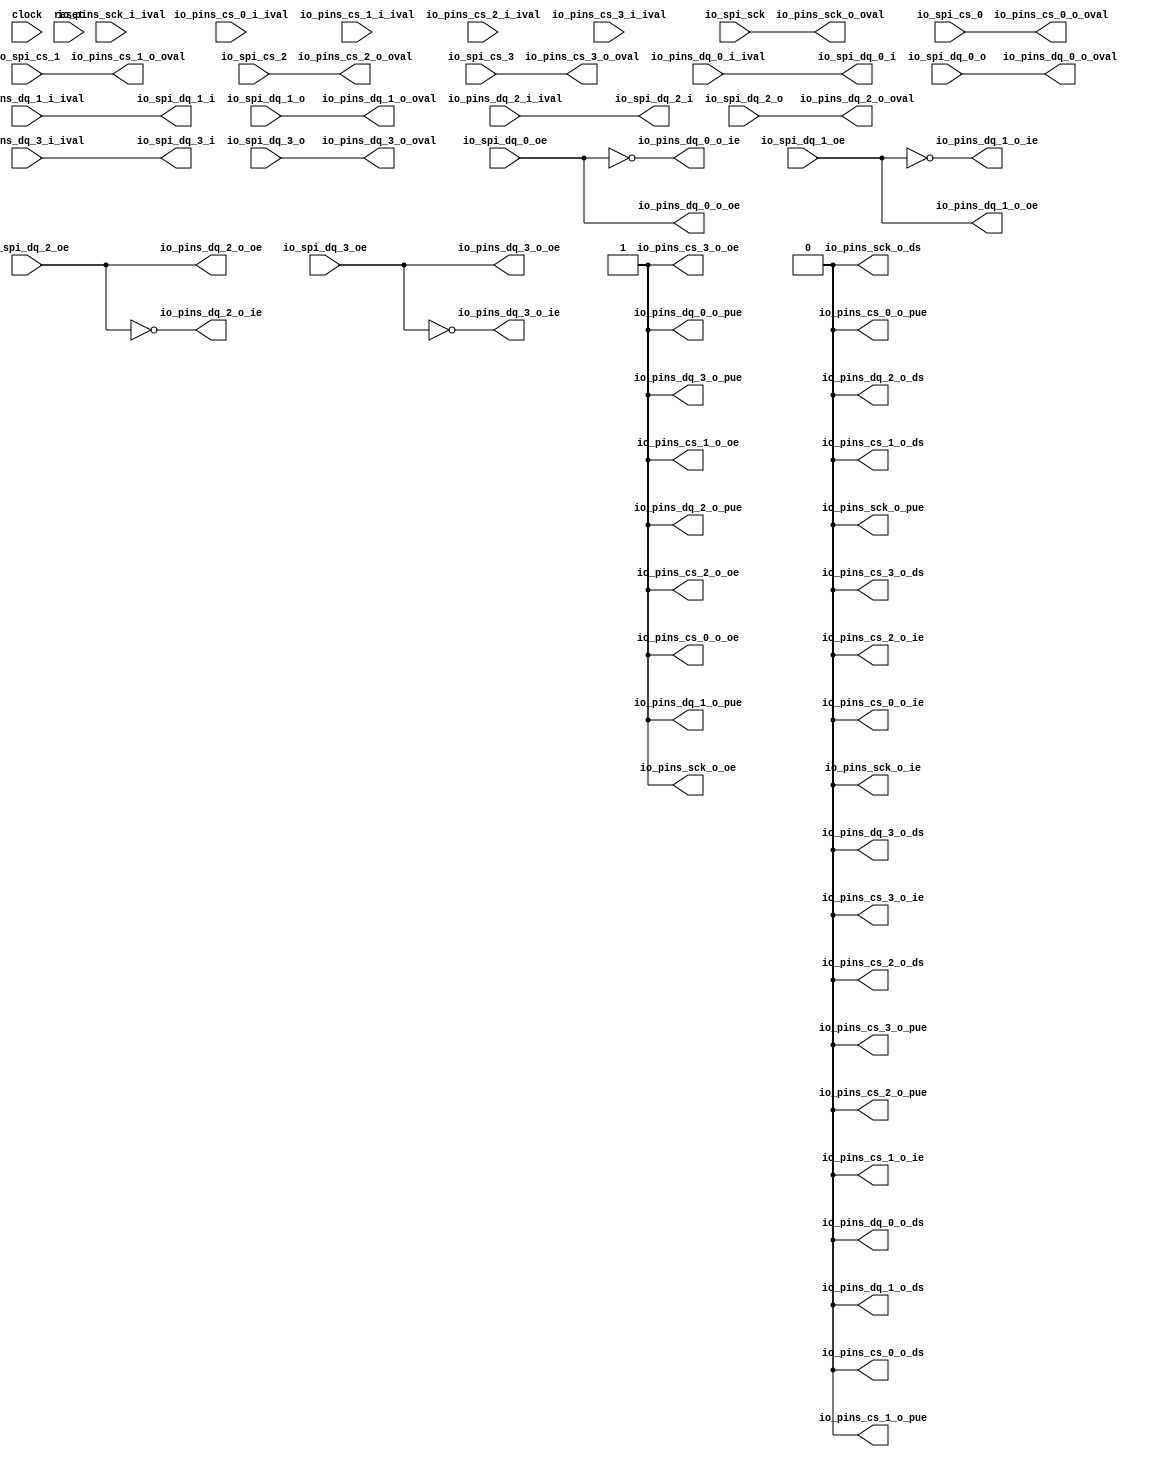
module SPIGPIOPort(
  input   clock,
  input   reset,
  input   io_spi_sck,
  output  io_spi_dq_0_i,
  input   io_spi_dq_0_o,
  input   io_spi_dq_0_oe,
  output  io_spi_dq_1_i,
  input   io_spi_dq_1_o,
  input   io_spi_dq_1_oe,
  output  io_spi_dq_2_i,
  input   io_spi_dq_2_o,
  input   io_spi_dq_2_oe,
  output  io_spi_dq_3_i,
  input   io_spi_dq_3_o,
  input   io_spi_dq_3_oe,
  input   io_spi_cs_0,
  input   io_spi_cs_1,
  input   io_spi_cs_2,
  input   io_spi_cs_3,
  input   io_pins_sck_i_ival,
  output  io_pins_sck_o_oval,
  output  io_pins_sck_o_oe,
  output  io_pins_sck_o_ie,
  output  io_pins_sck_o_pue,
  output  io_pins_sck_o_ds,
  input   io_pins_dq_0_i_ival,
  output  io_pins_dq_0_o_oval,
  output  io_pins_dq_0_o_oe,
  output  io_pins_dq_0_o_ie,
  output  io_pins_dq_0_o_pue,
  output  io_pins_dq_0_o_ds,
  input   io_pins_dq_1_i_ival,
  output  io_pins_dq_1_o_oval,
  output  io_pins_dq_1_o_oe,
  output  io_pins_dq_1_o_ie,
  output  io_pins_dq_1_o_pue,
  output  io_pins_dq_1_o_ds,
  input   io_pins_dq_2_i_ival,
  output  io_pins_dq_2_o_oval,
  output  io_pins_dq_2_o_oe,
  output  io_pins_dq_2_o_ie,
  output  io_pins_dq_2_o_pue,
  output  io_pins_dq_2_o_ds,
  input   io_pins_dq_3_i_ival,
  output  io_pins_dq_3_o_oval,
  output  io_pins_dq_3_o_oe,
  output  io_pins_dq_3_o_ie,
  output  io_pins_dq_3_o_pue,
  output  io_pins_dq_3_o_ds,
  input   io_pins_cs_0_i_ival,
  output  io_pins_cs_0_o_oval,
  output  io_pins_cs_0_o_oe,
  output  io_pins_cs_0_o_ie,
  output  io_pins_cs_0_o_pue,
  output  io_pins_cs_0_o_ds,
  input   io_pins_cs_1_i_ival,
  output  io_pins_cs_1_o_oval,
  output  io_pins_cs_1_o_oe,
  output  io_pins_cs_1_o_ie,
  output  io_pins_cs_1_o_pue,
  output  io_pins_cs_1_o_ds,
  input   io_pins_cs_2_i_ival,
  output  io_pins_cs_2_o_oval,
  output  io_pins_cs_2_o_oe,
  output  io_pins_cs_2_o_ie,
  output  io_pins_cs_2_o_pue,
  output  io_pins_cs_2_o_ds,
  input   io_pins_cs_3_i_ival,
  output  io_pins_cs_3_o_oval,
  output  io_pins_cs_3_o_oe,
  output  io_pins_cs_3_o_ie,
  output  io_pins_cs_3_o_pue,
  output  io_pins_cs_3_o_ds
);
  wire  T_312;
  wire  T_315;
  wire  T_318;
  wire  T_321;
  wire [1:0] T_324;
  wire [1:0] T_325;
  wire [3:0] T_326;
  wire  T_330;
  wire  T_331;
  wire  T_332;
  wire  T_333;
  assign io_spi_dq_0_i = io_pins_dq_0_i_ival;
  assign io_spi_dq_1_i = io_pins_dq_1_i_ival;
  assign io_spi_dq_2_i = io_pins_dq_2_i_ival;
  assign io_spi_dq_3_i = io_pins_dq_3_i_ival;
  assign io_pins_sck_o_oval = io_spi_sck;
  assign io_pins_sck_o_oe = 1'h1;
  assign io_pins_sck_o_ie = 1'h0;
  assign io_pins_sck_o_pue = 1'h0;
  assign io_pins_sck_o_ds = 1'h0;
  assign io_pins_dq_0_o_oval = io_spi_dq_0_o;
  assign io_pins_dq_0_o_oe = io_spi_dq_0_oe;
  assign io_pins_dq_0_o_ie = T_312;
  assign io_pins_dq_0_o_pue = 1'h1;
  assign io_pins_dq_0_o_ds = 1'h0;
  assign io_pins_dq_1_o_oval = io_spi_dq_1_o;
  assign io_pins_dq_1_o_oe = io_spi_dq_1_oe;
  assign io_pins_dq_1_o_ie = T_315;
  assign io_pins_dq_1_o_pue = 1'h1;
  assign io_pins_dq_1_o_ds = 1'h0;
  assign io_pins_dq_2_o_oval = io_spi_dq_2_o;
  assign io_pins_dq_2_o_oe = io_spi_dq_2_oe;
  assign io_pins_dq_2_o_ie = T_318;
  assign io_pins_dq_2_o_pue = 1'h1;
  assign io_pins_dq_2_o_ds = 1'h0;
  assign io_pins_dq_3_o_oval = io_spi_dq_3_o;
  assign io_pins_dq_3_o_oe = io_spi_dq_3_oe;
  assign io_pins_dq_3_o_ie = T_321;
  assign io_pins_dq_3_o_pue = 1'h1;
  assign io_pins_dq_3_o_ds = 1'h0;
  assign io_pins_cs_0_o_oval = T_330;
  assign io_pins_cs_0_o_oe = 1'h1;
  assign io_pins_cs_0_o_ie = 1'h0;
  assign io_pins_cs_0_o_pue = 1'h0;
  assign io_pins_cs_0_o_ds = 1'h0;
  assign io_pins_cs_1_o_oval = T_331;
  assign io_pins_cs_1_o_oe = 1'h1;
  assign io_pins_cs_1_o_ie = 1'h0;
  assign io_pins_cs_1_o_pue = 1'h0;
  assign io_pins_cs_1_o_ds = 1'h0;
  assign io_pins_cs_2_o_oval = T_332;
  assign io_pins_cs_2_o_oe = 1'h1;
  assign io_pins_cs_2_o_ie = 1'h0;
  assign io_pins_cs_2_o_pue = 1'h0;
  assign io_pins_cs_2_o_ds = 1'h0;
  assign io_pins_cs_3_o_oval = T_333;
  assign io_pins_cs_3_o_oe = 1'h1;
  assign io_pins_cs_3_o_ie = 1'h0;
  assign io_pins_cs_3_o_pue = 1'h0;
  assign io_pins_cs_3_o_ds = 1'h0;
  assign T_312 = ~ io_spi_dq_0_oe;
  assign T_315 = ~ io_spi_dq_1_oe;
  assign T_318 = ~ io_spi_dq_2_oe;
  assign T_321 = ~ io_spi_dq_3_oe;
  assign T_324 = {io_spi_cs_1,io_spi_cs_0};
  assign T_325 = {io_spi_cs_3,io_spi_cs_2};
  assign T_326 = {T_325,T_324};
  assign T_330 = T_326[0];
  assign T_331 = T_326[1];
  assign T_332 = T_326[2];
  assign T_333 = T_326[3];
endmodule